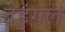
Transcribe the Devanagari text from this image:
दहंगल